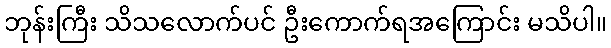
ဘုန်းကြီး သိသလောက်ပင် ဦးကောက်ရအကြောင်း မသိပါ။